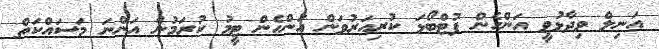
އަނިލް ވިދާޅުވީ އަންހެން ފުޓްބޯޅަ ކުރިއަރުވަން އަންހެން ޓީމު ކުރަމުން އަންނަ މަސައްކަތް